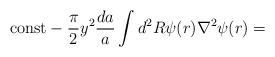
LaTeX: \begin{align*}{\rm const} - \frac{ \pi}{2} y^2 \frac{ da }{ a} \int d^2 R \psi ( r )\nabla^2 \psi ( r )=\end{align*}